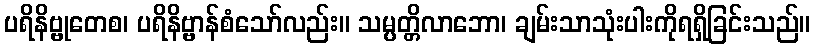
ပရိနိဗ္ဗုတေစ၊ ပရိနိဗ္ဗာန်စံသော်လည်း။ သမ္ပတ္တိလာဘော၊ ချမ်းသာသုံးပါးကိုရရှိခြင်းသည်။